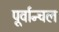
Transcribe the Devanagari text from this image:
पूर्वान्चल